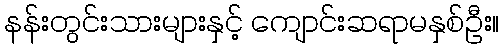
နန်းတွင်းသားများနှင့် ကျောင်းဆရာမနှစ်ဦး။